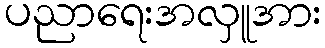
ပညာရေးအလှူအား